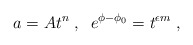
\begin{align*}a = A t^n \; , \; \; e^{\phi - \phi_0} = t^{\epsilon m} \; ,\end{align*}